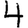
Digit: 4